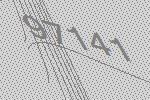
97141